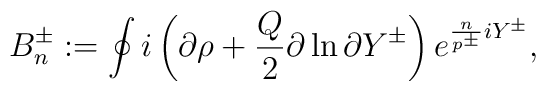
B^{\pm}_n :=\oint i\left(\partial \rho+\frac{Q}{2}\partial \ln \partial Y^{\pm}\right) e^{\frac{n}{p^{\pm}}iY^{\pm}},